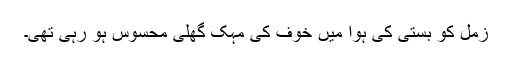
زمل کو بستی کی ہوا میں خوف کی مہک گھلی محسوس ہو رہی تھی۔